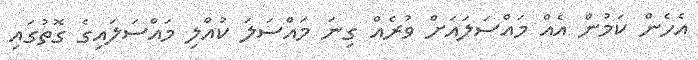
އެހެން ކަމުން އެއް މައްސަލައަށް ވުރެއް ގިނަ މައްސަލަ ކުއްލި މައްސަލައިގެ ގޮތުގައި